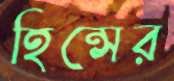
হিন্সের